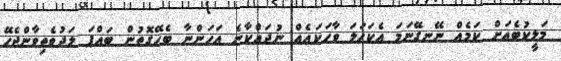
މަލީކުބެއަށް ކަމެއް ނޭނގޭނަމަ އެކަހަލަ ވާހަކައެއް ނުދައްކާނެ އަހަންނާ ބެހޭގޮތުން ބައްޕަ ލަދުވެތިވާންޖެހޭ